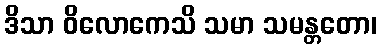
ဒိသာ ဝိလောကေသိ သမာ သမန္တတော၊